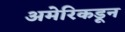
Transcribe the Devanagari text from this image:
अमेरिकडून